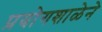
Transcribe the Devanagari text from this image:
प्रयोगशाळेने